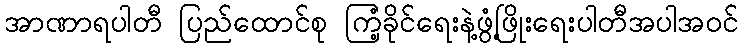
အာဏာရပါတီ ပြည်ထောင်စု ကြံ့ခိုင်ရေးနဲ့ဖွံ့ဖြိုးရေးပါတီအပါအဝင်